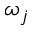
\omega _ { j }